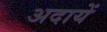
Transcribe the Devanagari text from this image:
अदायें